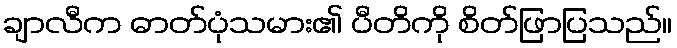
ချာလီက ဓာတ်ပုံသမား၏ ပီတိကို စိတ်ဖြာပြသည်။